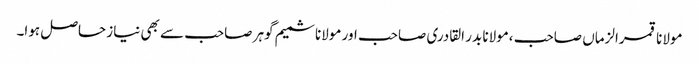
مولانا قمرالزماں صاحب ،مولانا بدر القادری صاحب اور مولانا شمیم گوہر صاحب سے بھی نیاز حاصل ہوا۔